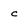
Character: c